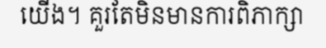
យើង។ គួរតែមិនមានការពិភាក្សា